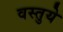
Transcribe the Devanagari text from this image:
वस्तुये